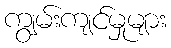
ကျွမ်းကျင်မှုများ